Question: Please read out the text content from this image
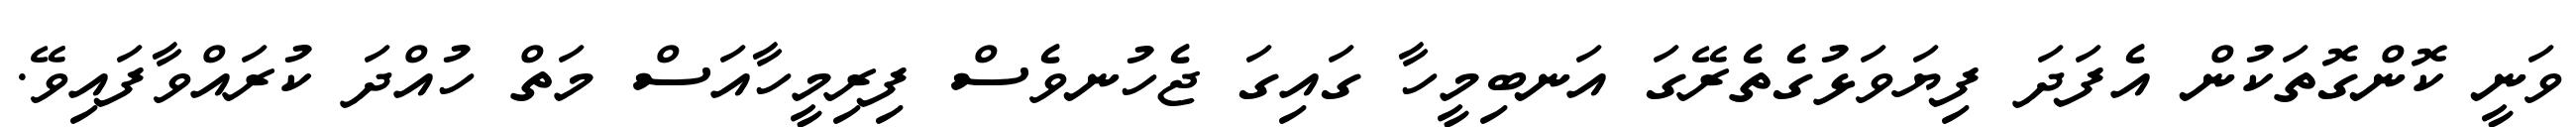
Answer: ވަނީ ކޮންގޮތަކުން އެފަދަ ފިޔަވަޅުގެތެރޭގަ އަނބިމީހާ ގައިގަ ޖެހުނވެސް ފިރިމީހާއަސް މަތް ހުއްދަ ކުރައްވާފައިވޭ.